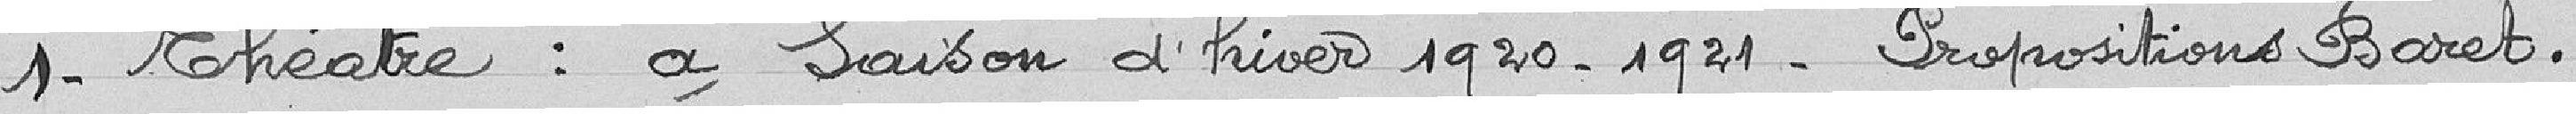
1 - Théâtre : a) Saison d'hiver 1920-1921 - Propositions Baret.